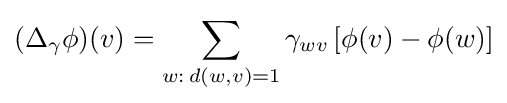
(\Delta _{\gamma }\phi )(v)=\sum _{w:\,d(w,v)=1}\gamma _{wv}\left[\phi (v)-\phi (w)\right]